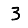
Digit: 3